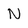
Character: N